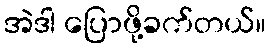
အဲဒါ ပြောဖို့ခက်တယ်။